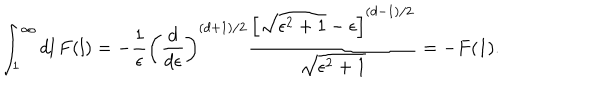
\int _ { 1 } ^ { \infty } d l \, F ( l ) = - { \frac { 1 } { \epsilon } } \left( \frac { d } { d \epsilon } \right) ^ { ( d + 1 ) / 2 } { \frac { \left[ \sqrt { \epsilon ^ { 2 } + 1 } - \epsilon \right] ^ { ( d - 1 ) / 2 } } { \sqrt { \epsilon ^ { 2 } + 1 } } } = - F ( 1 ) .